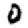
Digit: 0